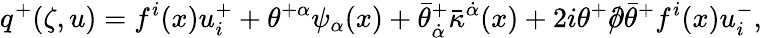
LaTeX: q^{+}(\zeta,u)=f^{i}(x)u_{i}^{+}+\theta^{+\alpha}\psi_{\alpha}(x)+\bar{\theta}_{\dot{\alpha}}^{+}\bar{\kappa}^{\dot{\alpha}}(x)+2i\theta^{+}/\! \! \! \partial\bar{\theta}^{+}f^{i}(x)u_{i}^{-},